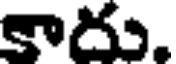
కాదు.